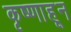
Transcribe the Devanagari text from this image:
कृष्णाहून